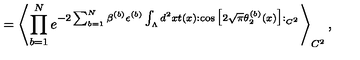
= \left\langle \prod _ { b = 1 } ^ { N } e ^ { - 2 \sum _ { b = 1 } ^ { N } \beta ^ { ( b ) } \epsilon ^ { ( b ) } \int _ { \Lambda } d ^ { 2 } x t ( x ) : \cos \big [ 2 \sqrt { \pi } \theta _ { 2 } ^ { ( b ) } ( x ) \big ] : _ { C ^ { 2 } } } \right\rangle _ { C ^ { 2 } } ,